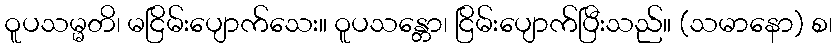
ဝူပသမ္မတိ၊ မငြိမ်းပျောက်သေး။ ဝူပသန္တော၊ ငြိမ်းပျောက်ပြီးသည်။ (သမာနော) စ၊